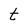
Character: t